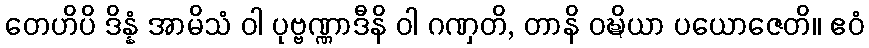
တေဟိပိ ဒိန္နံ အာမိသံ ဝါ ပုဗ္ဗဏ္ဏာဒီနိ ဝါ ဂဏှတိ, တာနိ ဝဍ္ဎိယာ ပယောဇေတိ။ ဧဝံ